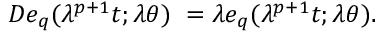
D e _ { q } ( \lambda ^ { p + 1 } t ; \lambda \theta ) \; = \lambda e _ { q } ( \lambda ^ { p + 1 } t ; \lambda \theta ) .